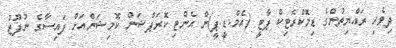
ދިވެހި ރައްޔިތުންގެ ޑިމޮކްރެޓިކް ޕާޓީ (އެމް.ޑީ.ޕީ)ން އެންޓި ކޮރަޕްޝަން ކޮމިޝަންއަށް ފައިސާގެ ނުފޫޒު